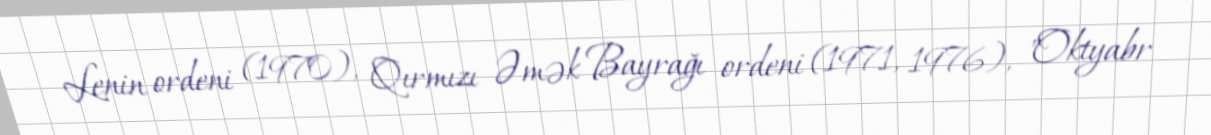
Lenin ordeni (1970), Qırmızı Əmək Bayrağı ordeni (1971, 1976), "Oktyabr